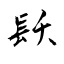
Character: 镺